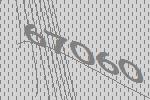
67060